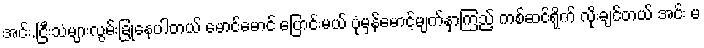
အင်း.ငြီးသံများလွမ်းခြုံနေပါတယ် မောင်မောင် ပြောင်းမယ် ပုံမှန်မောင့်မျက်နှာကြည့် ကစ်ဆင်ရိုက် လိုးချင်တယ် အင်း မ